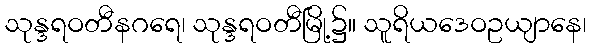
သုန္ဒရဝတီနဂရေ၊ သုန္ဒရဝတီမြို့၌။ သူရိယဒေဝဥယျာနေ၊